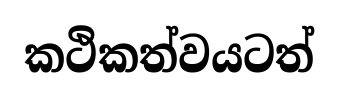
කථිකත්වයටත්